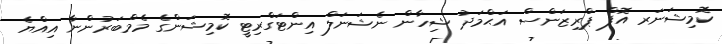
ކޮމިޝަނަރ އޮފް ޕްރިޒަންސް އަޙްމަދު ޝިހާން ނެޝަނަލް އިންޓަގްރިޓީ ކޮމިޝަންގެ މެމްބަރުންނާ އިއްޔެ